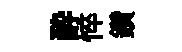
酔悴鑽